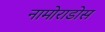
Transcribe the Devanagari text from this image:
नामोराडोस